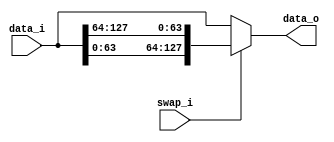
module bsg_swap_width_p64
(
  data_i,
  swap_i,
  data_o
);

  input [127:0] data_i;
  output [127:0] data_o;
  input swap_i;
  wire [127:0] data_o;
  wire N0,N1,N2;
  assign data_o = (N0)? { data_i[63:0], data_i[127:64] } :
                  (N1)? data_i : 1'b0;
  assign N0 = swap_i;
  assign N1 = N2;
  assign N2 = ~swap_i;

endmodule